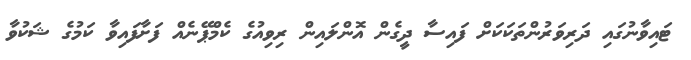
ޓައިވާނުގައި ދަރިވަރުންތަކަކަށް ފައިސާ ދީގެން އޮންލައިން ރިވިއުގެ ކެމްޕޭނެއް ފަށާފައިވާ ކަމުގެ ޝަކުވާ